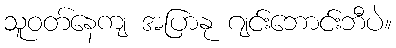
သူဝတ်နေကျ အပြာနု ဂျင်းဘောင်းဘီပဲ။